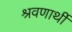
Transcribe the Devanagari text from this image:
श्रवणार्थी